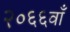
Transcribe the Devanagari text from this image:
२०६६वाँ